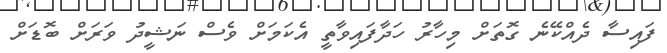
ފައިސާ ދެއްކޭނެ ގޮތަށް މިހާރު ހަދާފައިވާތީ އެކަމަށް ވެސް ނަޝީދު ވަރަށް ބޮޑަށް